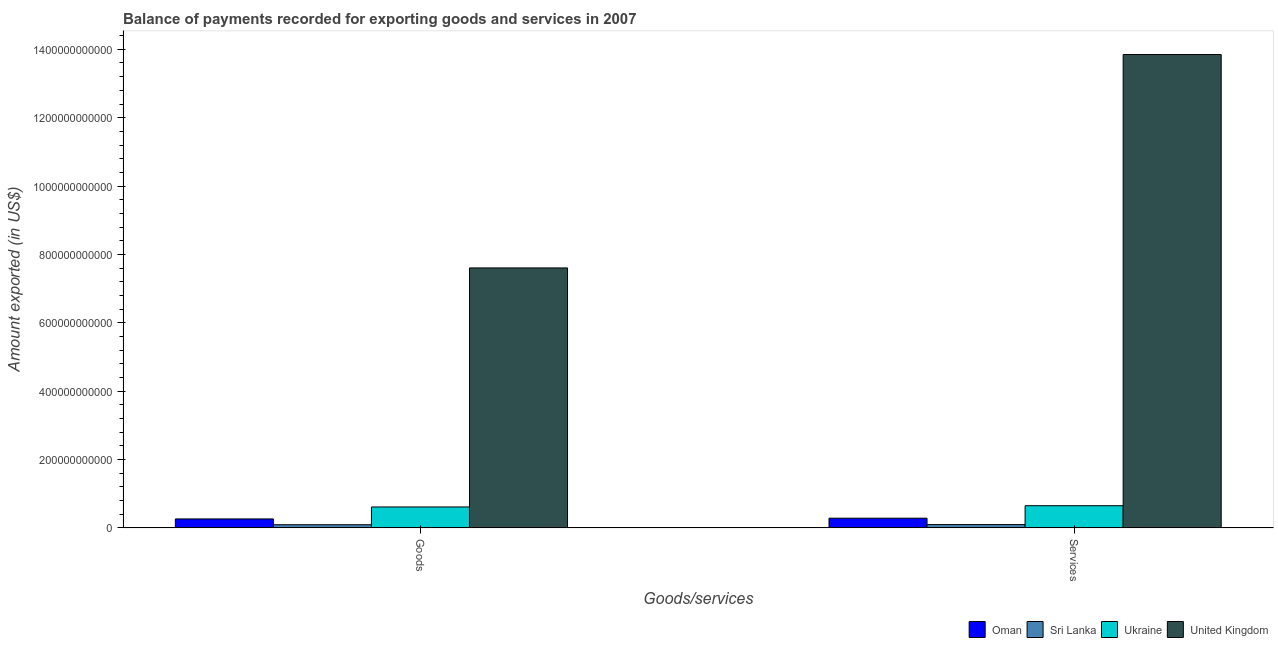
| Goods/services | Oman | Sri Lanka | Ukraine | United Kingdom |
 | --- | --- | --- | --- | --- |
 | Goods | 2.64e+10 | 9.41e+09 | 6.14e+10 | 7.61e+11 |
 | Services | 2.85e+10 | 9.86e+09 | 6.51e+10 | 1.38e+12 |